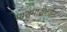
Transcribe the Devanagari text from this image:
मारामारीपर्यंत